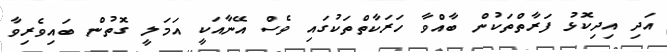
އަދި އިދިކޮޅު ފަރާތްތަކުން ބާއްވާ ހަރަކާތްތަކުގައި ވެސް އޭނާއަކީ އަމަލީ ގޮތުން ބައިވެރިވާ